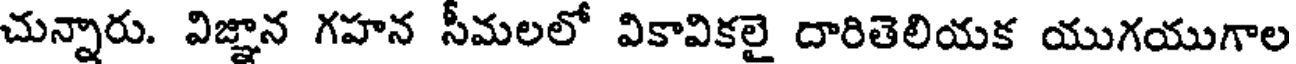
చున్నారు. విజ్ఞాన గహన సీమలలో వికావికలై దారితెలియక యుగయుగాల